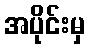
အပိုင်းမှ